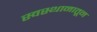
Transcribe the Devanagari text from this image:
स्वस्थानातून